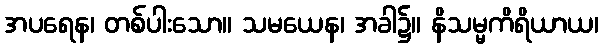
အပရေန၊ တစ်ပါးသော။ သမယေန၊ အခါ၌။ နိသမ္မကိရိယာယ၊